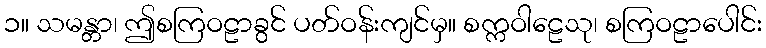
၁။ သမန္တာ၊ ဤစကြဝဠာခွင် ပတ်ဝန်းကျင်မှ။ စက္ကဝါဠေသု၊ စကြဝဠာပေါင်း